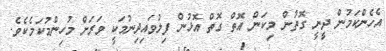
އެހެންކަމުން ދީނީ ގޮތުން މިކަން އޮތް ގޮތް އޮޅުން ފިލުވައިދިނުމަކީ ވަރަށް މުހިންމުކަމެކެވެ.